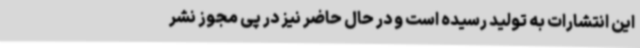
این انتشارات به تولید رسیده است و در حال حاضر نیز در پی مجوز نشر